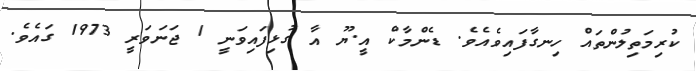
ކުރިމަތިލުންތައް ހިނގާފައިވެއެވެ. ޑެންމާކް އީ.ޔޫ އާ ގުޅިފައިވަނީ 1 ޖަނަވަރީ 1973 ގައެވެ.